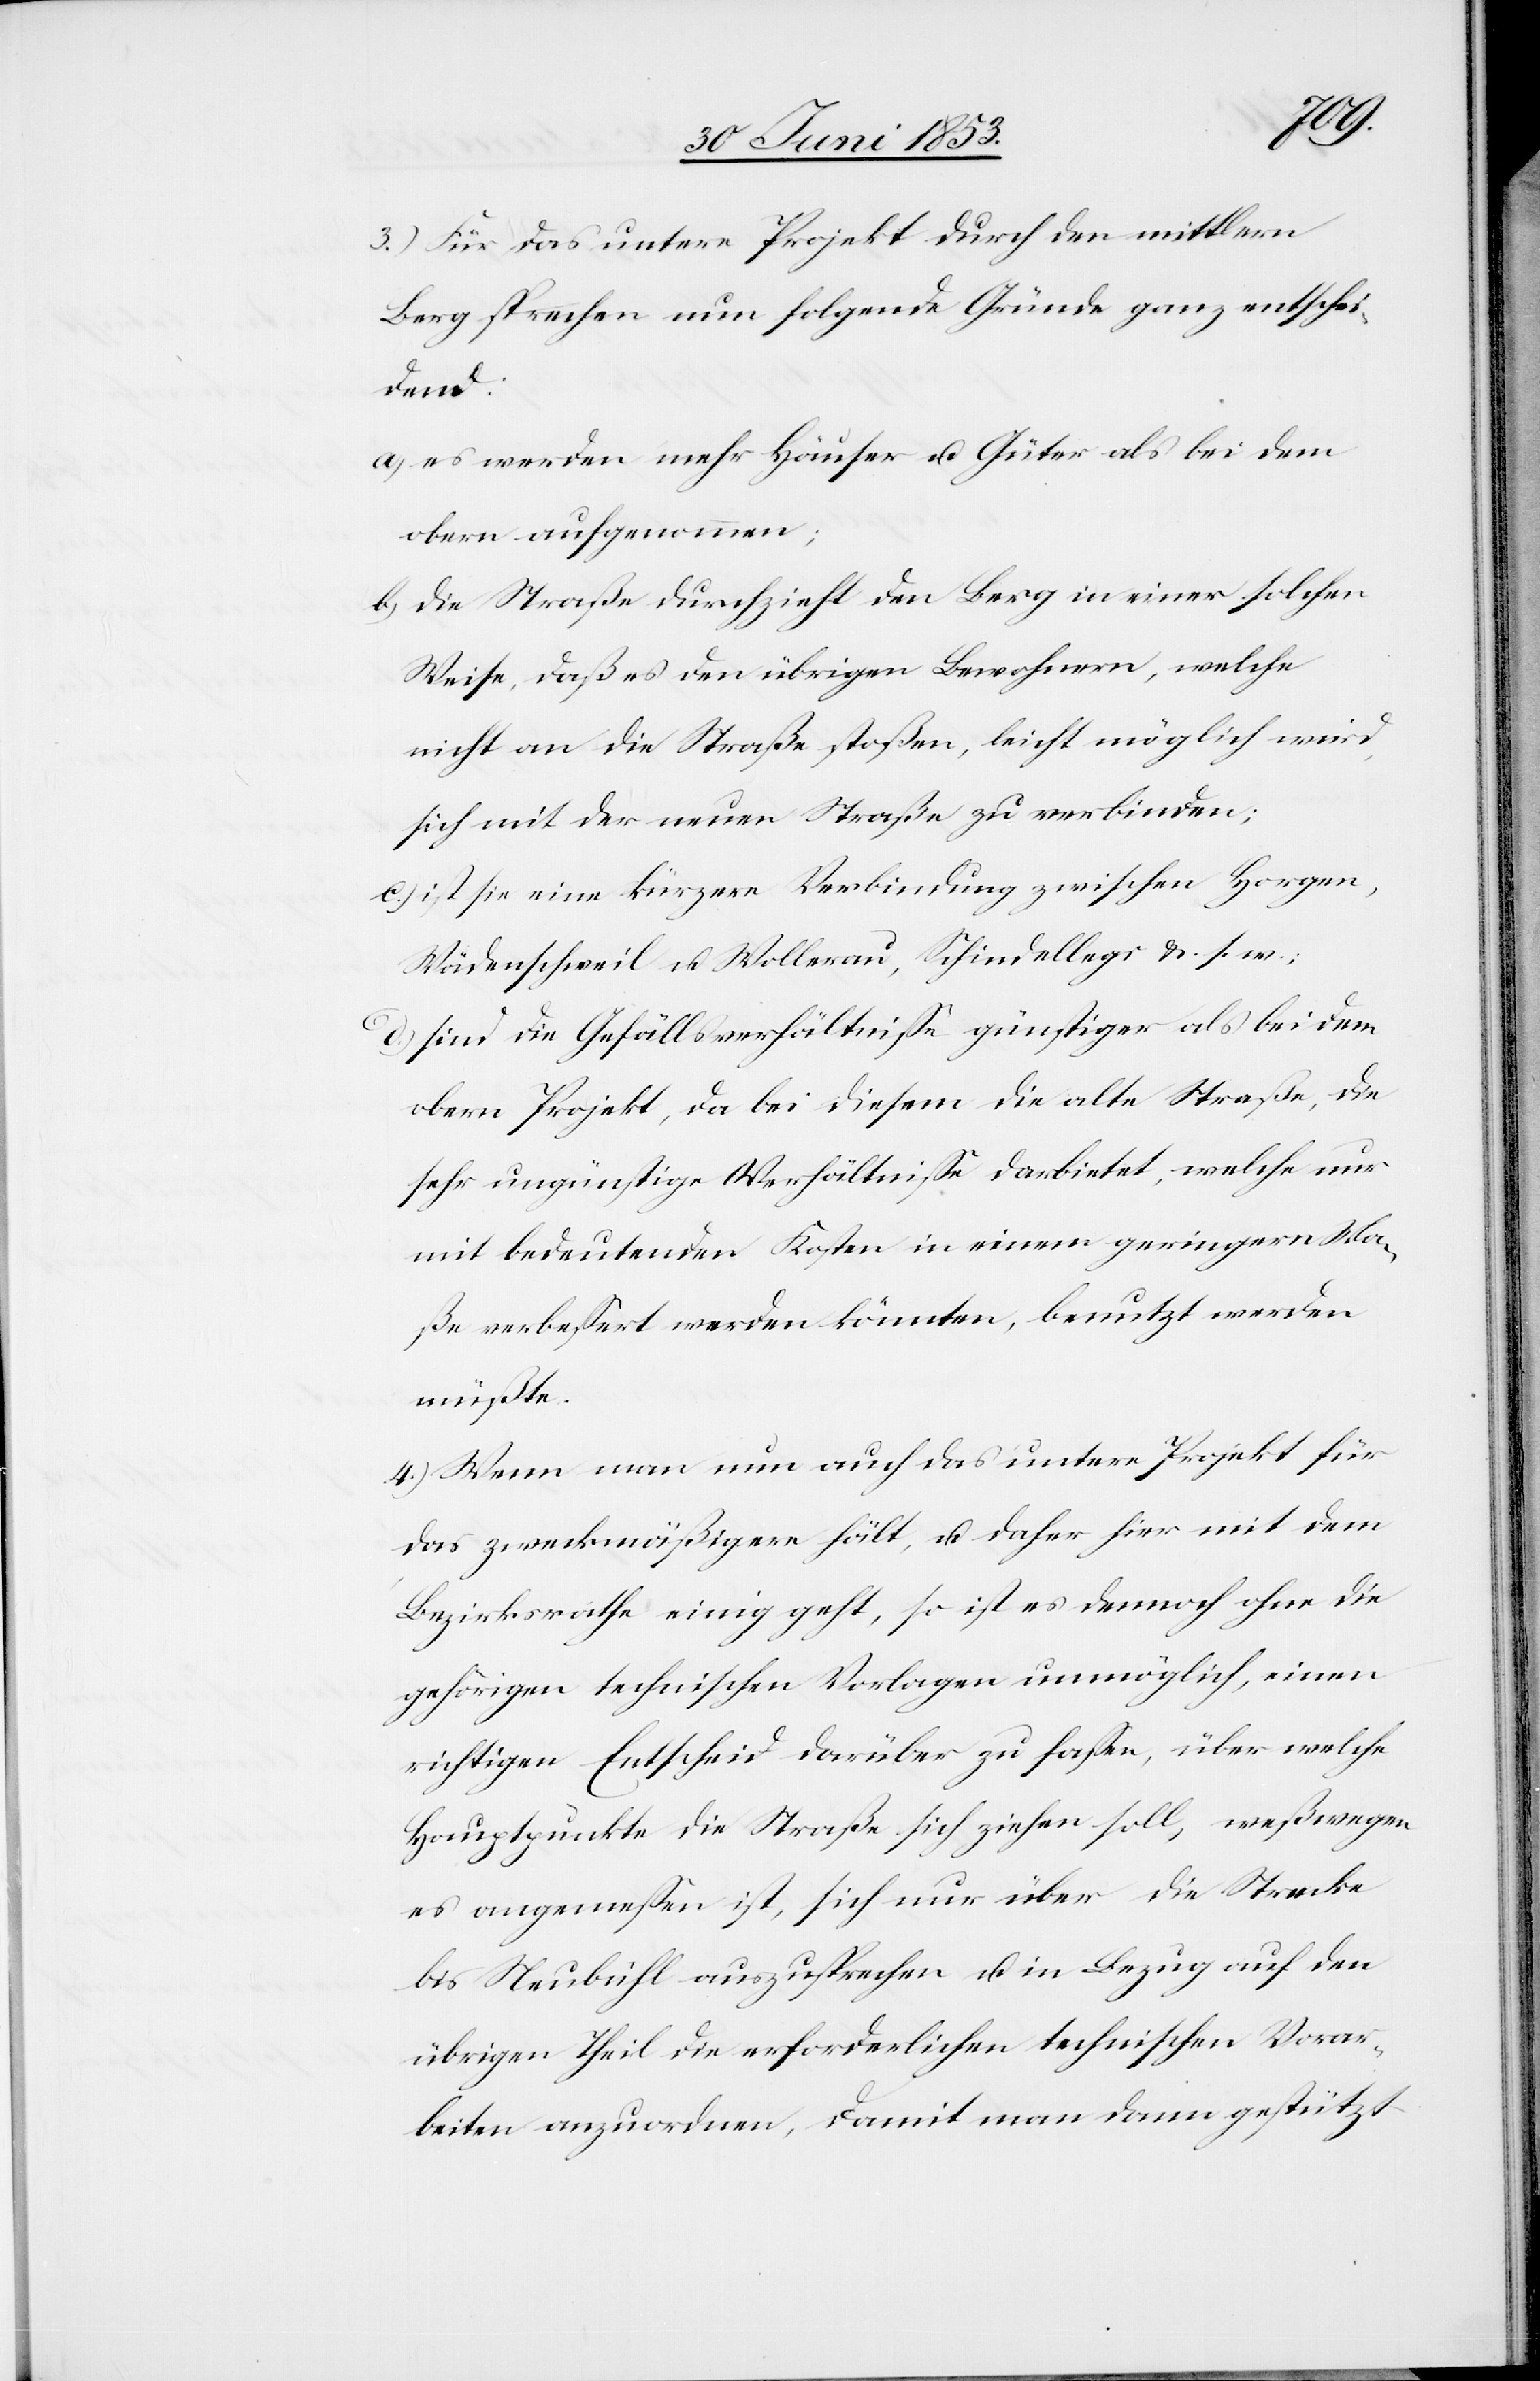
3.) Für das untere Projekt durch den mittlern
Berg sprechen nun folgende Gründe ganz entschei¬
dend:
a) es werden mehr Häuser u. Güter als bei dem
obern aufgenommen:
b) die Straße durchzieht den Berg in einer solchen
Weise, daß es den übrigen Bewohnern, welche
nicht an die Straße stoßen, leicht möglich wird,
sich mit der neuen Straße zu verbinden;
c) ist sie eine kürzere Verbindung zwischen Horgen,
Wädenschweil u. Wollerau, Schindellegi u. s. w.;
d) sind die Gefällsverhältniße günstiger als bei dem
obern Projekt, da bei diesem die alte Straße, die
sehr ungünstige Verhältniße darbietet, welche nur
mit bedeutenden Kosten in einem geringern Ma¬
ße verbeßert werden könnten, benutzt werden
müßte.
4.) Wenn man nun auch das untere Projekt für
das zweckmäßigere hält, u. daher hier mit dem
Bezirksrathe einig geht, so ist es demnach ohne die
gehörigen technischen Vorlagen unmöglich, einen
richtigen Entscheid darüber zu faßen, über welche
Hauptpunkte die Straße sich ziehen soll, weßwegen
es angemeßen ist, sich nur über die Strecke
bis Neubühl auszusprechen u. in Bezug auf den
übrigen Theil die erforderlichen technischen Vorar¬
beiten anzuordnen, damit man dann gestützt